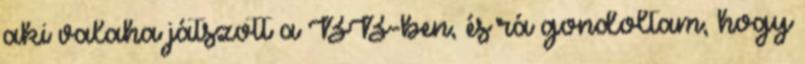
aki valaha játszott a BB-ben, és rá gondoltam, hogy